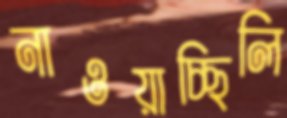
নাওয়াচ্ছিলি